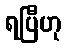
ရပြီဟု